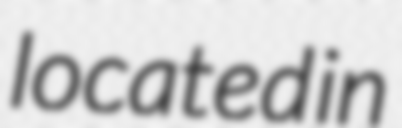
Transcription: located in